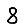
Digit: 8